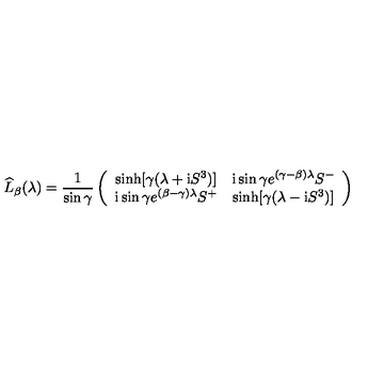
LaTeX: \widehat { L } _ { \beta } ( \lambda ) = \frac { 1 } { \sin \gamma } \left( \begin{array} { c c } { \sinh [ \gamma ( \lambda + \mathrm { i } S ^ { 3 } ) ] } & { \mathrm { i } \sin \gamma e ^ { ( \gamma - \beta ) \lambda } S ^ { - } } \\ { \mathrm { i } \sin \gamma e ^ { ( \beta - \gamma ) \lambda } S ^ { + } } & { \sinh [ \gamma ( \lambda - \mathrm { i } S ^ { 3 } ) ] } \\ \end{array} \right)